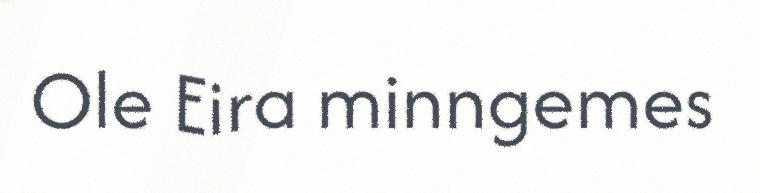
Ole Eira minngemes